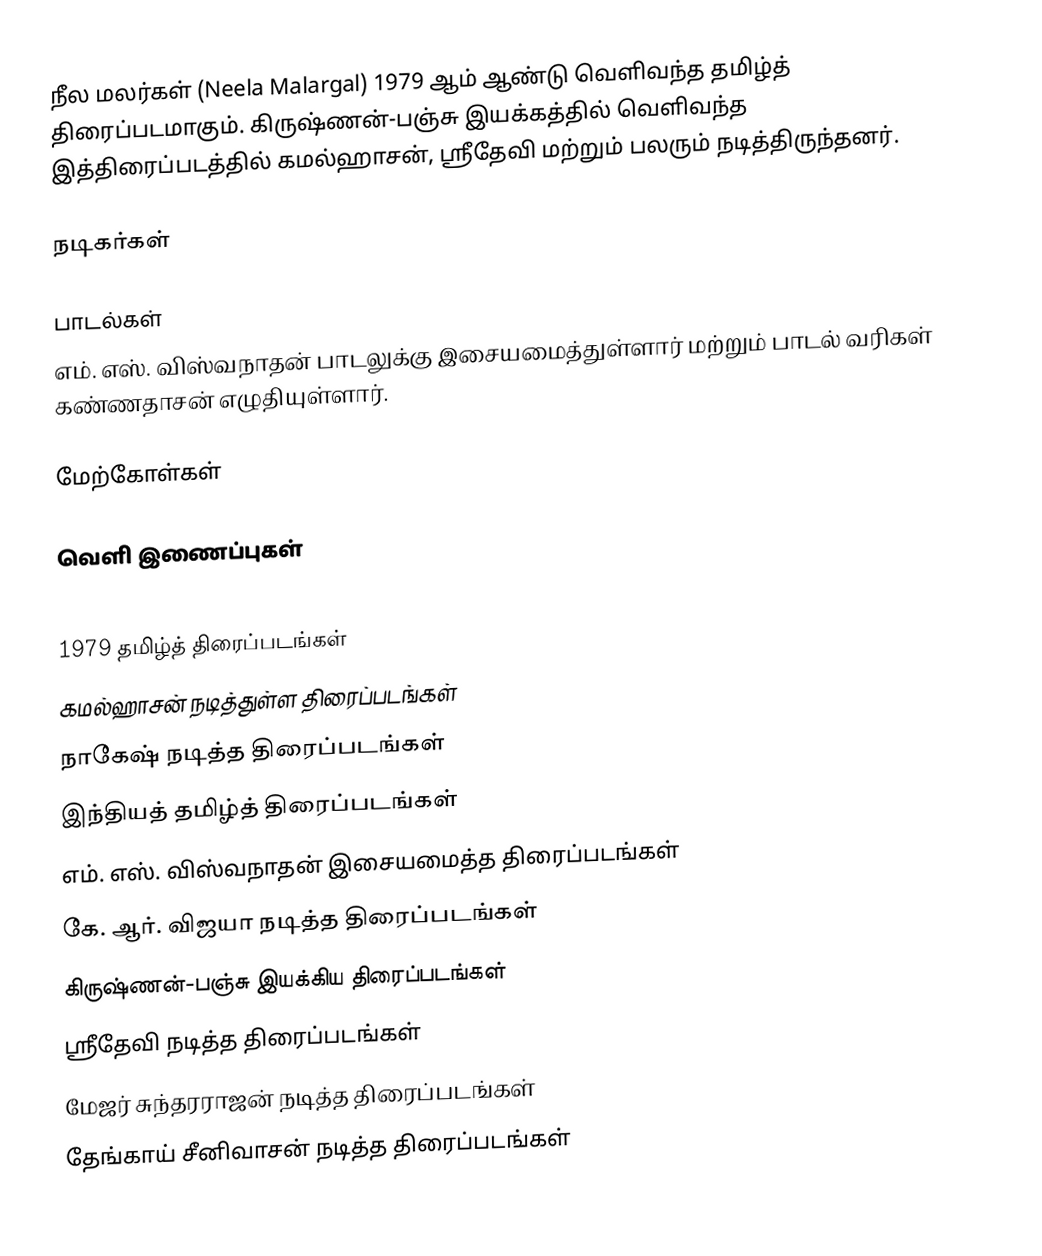
நீல மலர்கள் (Neela Malargal) 1979 ஆம் ஆண்டு வெளிவந்த தமிழ்த் திரைப்படமாகும். கிருஷ்ணன்-பஞ்சு இயக்கத்தில் வெளிவந்த இத்திரைப்படத்தில் கமல்ஹாசன், ஸ்ரீதேவி மற்றும் பலரும் நடித்திருந்தனர்.

நடிகர்கள்

பாடல்கள்
எம். எஸ். விஸ்வநாதன் பாடலுக்கு இசையமைத்துள்ளார் மற்றும் பாடல் வரிகள் கண்ணதாசன் எழுதியுள்ளார்.

மேற்கோள்கள்

வெளி இணைப்புகள்

1979 தமிழ்த் திரைப்படங்கள்
கமல்ஹாசன் நடித்துள்ள திரைப்படங்கள்
நாகேஷ் நடித்த திரைப்படங்கள்
இந்தியத் தமிழ்த் திரைப்படங்கள்
எம். எஸ். விஸ்வநாதன் இசையமைத்த திரைப்படங்கள்
கே. ஆர். விஜயா நடித்த திரைப்படங்கள்
கிருஷ்ணன்-பஞ்சு இயக்கிய திரைப்படங்கள்
ஸ்ரீதேவி நடித்த திரைப்படங்கள்
மேஜர் சுந்தரராஜன் நடித்த திரைப்படங்கள்
தேங்காய் சீனிவாசன் நடித்த திரைப்படங்கள்